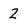
Character: 2